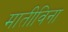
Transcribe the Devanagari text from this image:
मातीविना